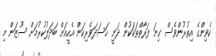
ކެވިންގެ އިތުރުންވެސް ގިނަ ފަރާތްތަކަކުން ދަނީ ހަސަދަވެރިކަން އެހީއަށް ބަދަލުކުރުމަށް ސޫޒަން މި